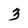
Character: 3